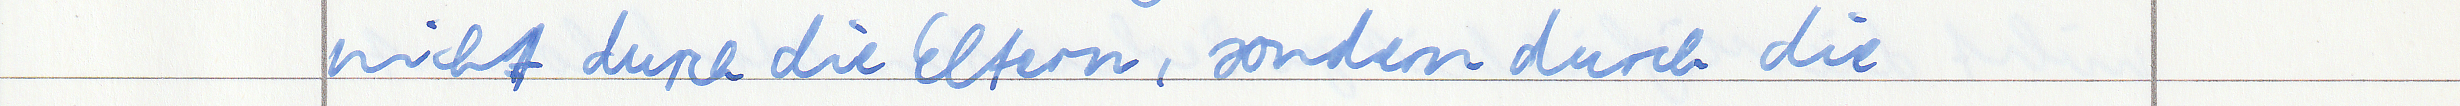
nicht durch die Eltern, sondern durch die